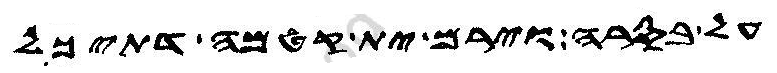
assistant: על בסרה וירם ית קטמה דתיכל